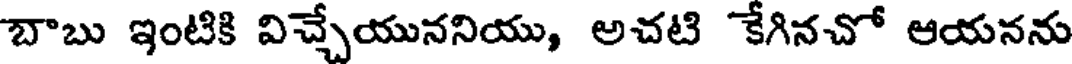
బాబు ఇంటికి విచ్చేయుననియు, అచటి కేగినచో ఆయనను